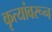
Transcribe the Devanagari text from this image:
कृत्यांवरून